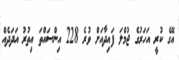
އޭގެ ކުރީ އަހަރުގެ ޖުމްލަ ފައިދާއަށް ވުރެ 228 އިންސައްތަ އިތުރު އަދަދެއް